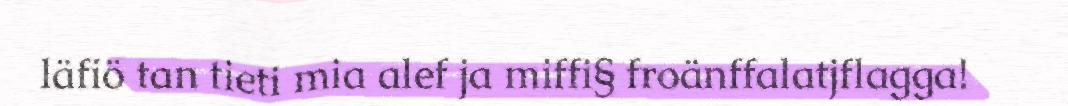
läfiö tan tieti mia alef ja miffi§ froänffalatjflagga!